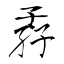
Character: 孨